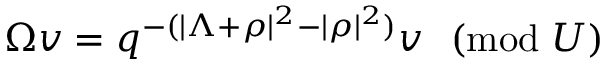
\Omega v = q ^ { - ( | \Lambda + \rho | ^ { 2 } - | \rho | ^ { 2 } ) } v ~ ~ ( \mathrm { m o d } ~ U )